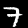
Digit: 7